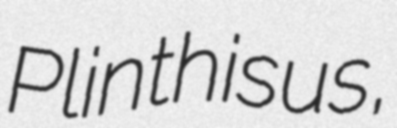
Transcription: Plinthisus,